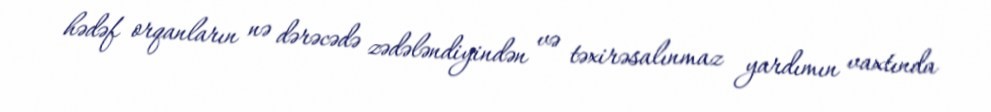
hədəf orqanların nə dərəcədə zədələndiyindən və təxirəsalınmaz yardımın vaxtında